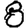
Digit: 8